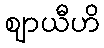
ဈာယီဟိ